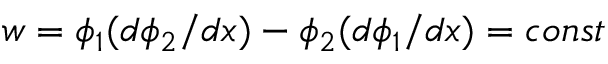
w = \phi _ { 1 } ( d \phi _ { 2 } / d x ) - \phi _ { 2 } ( d \phi _ { 1 } / d x ) = c o n s t